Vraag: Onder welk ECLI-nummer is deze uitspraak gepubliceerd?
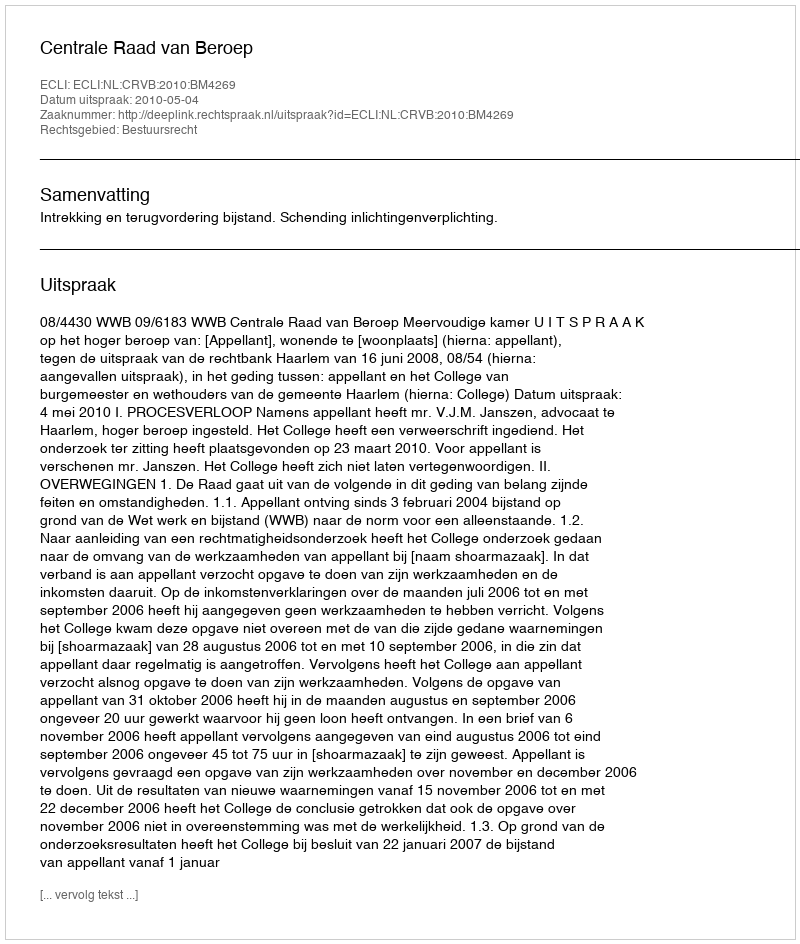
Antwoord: ECLI:NL:CRVB:2010:BM4269